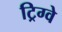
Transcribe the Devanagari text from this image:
ट्रिग्वे